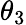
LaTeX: \theta_{3}